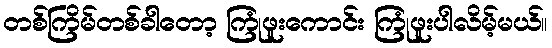
တစ်ကြိမ်တစ်ခါတော့ ကြုံဖူးကောင်း ကြုံဖူးပါလိမ့်မယ်။